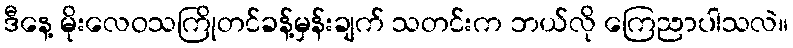
ဒီနေ့ မိုးလေဝသကြိုတင်ခန့်မှန်းချက် သတင်းက ဘယ်လို ကြေညာပါသလဲ။